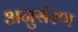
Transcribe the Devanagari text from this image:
अनुसंरण